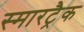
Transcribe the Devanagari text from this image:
स्मारट्रैक